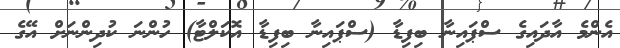
އެންމެ އާދައިގެ ސްޕައިނާ ބިފިޑާ (ސްޕައިނާ ބިފިޑާ އޮކަލްޓާ) ހުންނަ ކުދިންނަށް އޭގެ